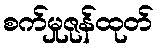
စက်မှုဇုန်ထုတ်